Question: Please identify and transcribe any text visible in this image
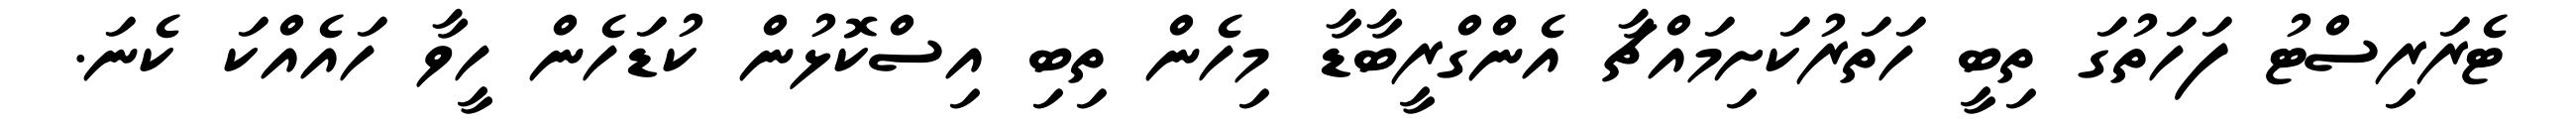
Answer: ޓެރަރިސްޓު ފަހަތުގަ ތިބީ ހަތަރުކަށިމައްޗާ އެންގްރީބާޑާ މިހެން ތިބި އިސްކޮޅުން ކުޑަހެން ހީވާ ހައެއްކަ ކެނަ.